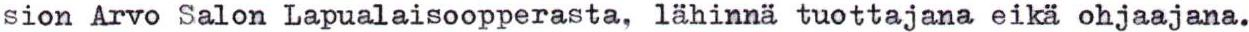
sion Arvo Salon Lapualaisoopperasta, lähinnä tuottajana eikä ohjaajana.